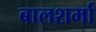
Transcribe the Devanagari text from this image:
बालशर्मा